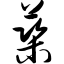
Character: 蕖